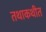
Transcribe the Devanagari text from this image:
तथाकथीत